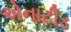
એનાટીડ